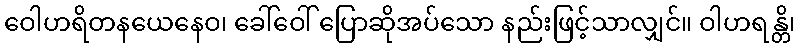
ဝေါဟရိတနယေနေဝ၊ ခေါ်ဝေါ် ပြောဆိုအပ်သော နည်းဖြင့်သာလျှင်။ ဝါဟရန္တိ၊